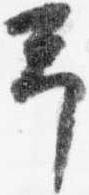
予